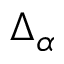
\Delta _ { \alpha }